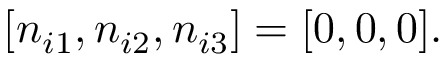
[ n _ { i 1 } , n _ { i 2 } , n _ { i 3 } ] = [ 0 , 0 , 0 ] .